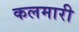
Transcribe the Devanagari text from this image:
कलमारी